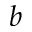
b